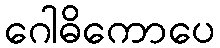
ဂေါဓိကောပေ